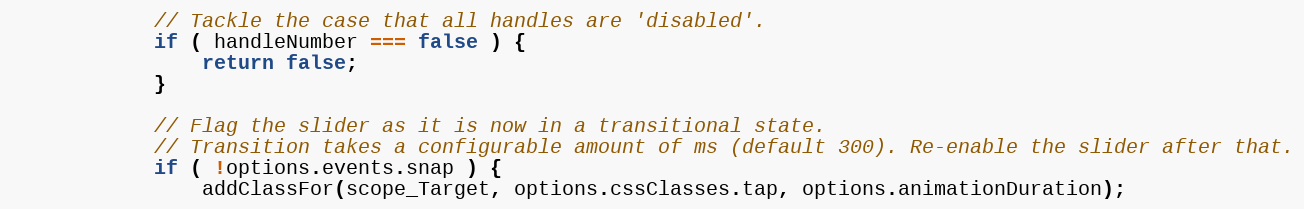
Language: JavaScript
            // Tackle the case that all handles are 'disabled'.
            if ( handleNumber === false ) {
                return false;
            }

            // Flag the slider as it is now in a transitional state.
            // Transition takes a configurable amount of ms (default 300). Re-enable the slider after that.
            if ( !options.events.snap ) {
                addClassFor(scope_Target, options.cssClasses.tap, options.animationDuration);